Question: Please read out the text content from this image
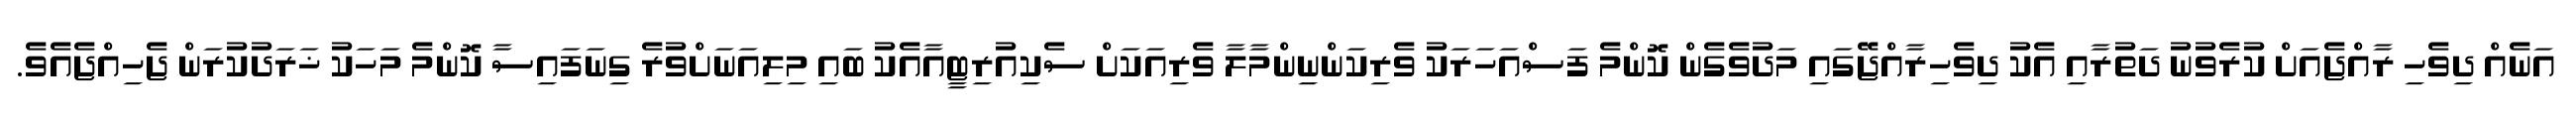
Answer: އަނެއް ދިވެހި ރާއްޖެއަށް ކުރެވުނު ދަތުރާއި އެކު ދިވެހިރާއްޖޭގައި މަދުވެގެން ކޮންމެ ފަސްއަހަރަކު ވެރިކަންނިންމާލާ ވެރިއަކަށް ސެކިއުރިޓީއާއެކު ބައި މިލިއަނަށްވުރެ ގިނަފައިސާ ކޮންމެ މަހަކު ޚަރަދުކުރަން ޖެހިއްޖެއެވެ.